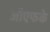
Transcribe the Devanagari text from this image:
जीएफके